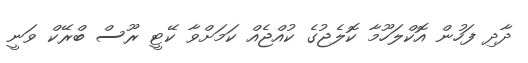
ދާދި ފަހުން އޮކްލަހޫމާ ކޮލެޖުގެ ކުއްޖެއް ކަމަށްވާ ކޭޓީ ރޫސް ބްރޭކް ވަނީ